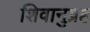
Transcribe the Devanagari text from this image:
शिवानुग्रह